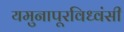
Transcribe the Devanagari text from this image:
यमुनापूरविध्वंसी